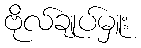
ဗိုလ်ချုပ်မှူး